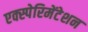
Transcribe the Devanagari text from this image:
एक्स्पेरिमेंटेशन